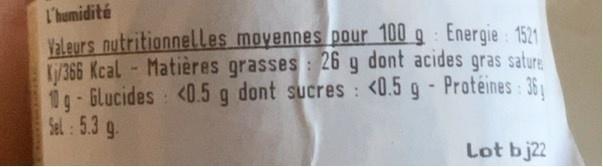
l'humidité
Valeurs nutritionnelles moyennes pour 100 g : Energie : 1521 /366 Kcal- Matières grasses: 26 g dont acides gras sature 1-Glucides <0.5 g dont sucres : <0.5 g - Protéines: 36 Sel:5.3 g.
Lot bj22